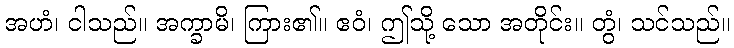
အဟံ၊ ငါသည်။ အက္ခာမိ၊ ကြား၏။ ဧဝံ၊ ဤသို့ သော အတိုင်း။ တွံ၊ သင်သည်။